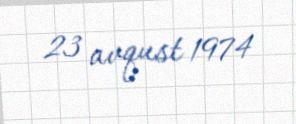
23 avqust 1974